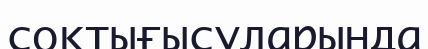
соқтығысуларында